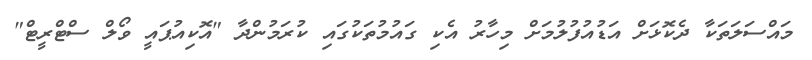
މައްސަލަތަކާ ދެކޮޅަށް އަޑުއުފުލުމަށް މިހާރު އެކި ގައުމުތަކުގައި ކުރަމުންދާ "އޮކިއުޕައީ ވޯލް ސްޓްރީޓް"